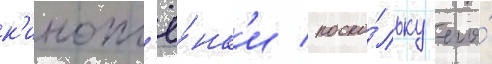
к'инопл'ё́нк'и / поско́льку его́